Rasina_vallavalitsus, lk 8
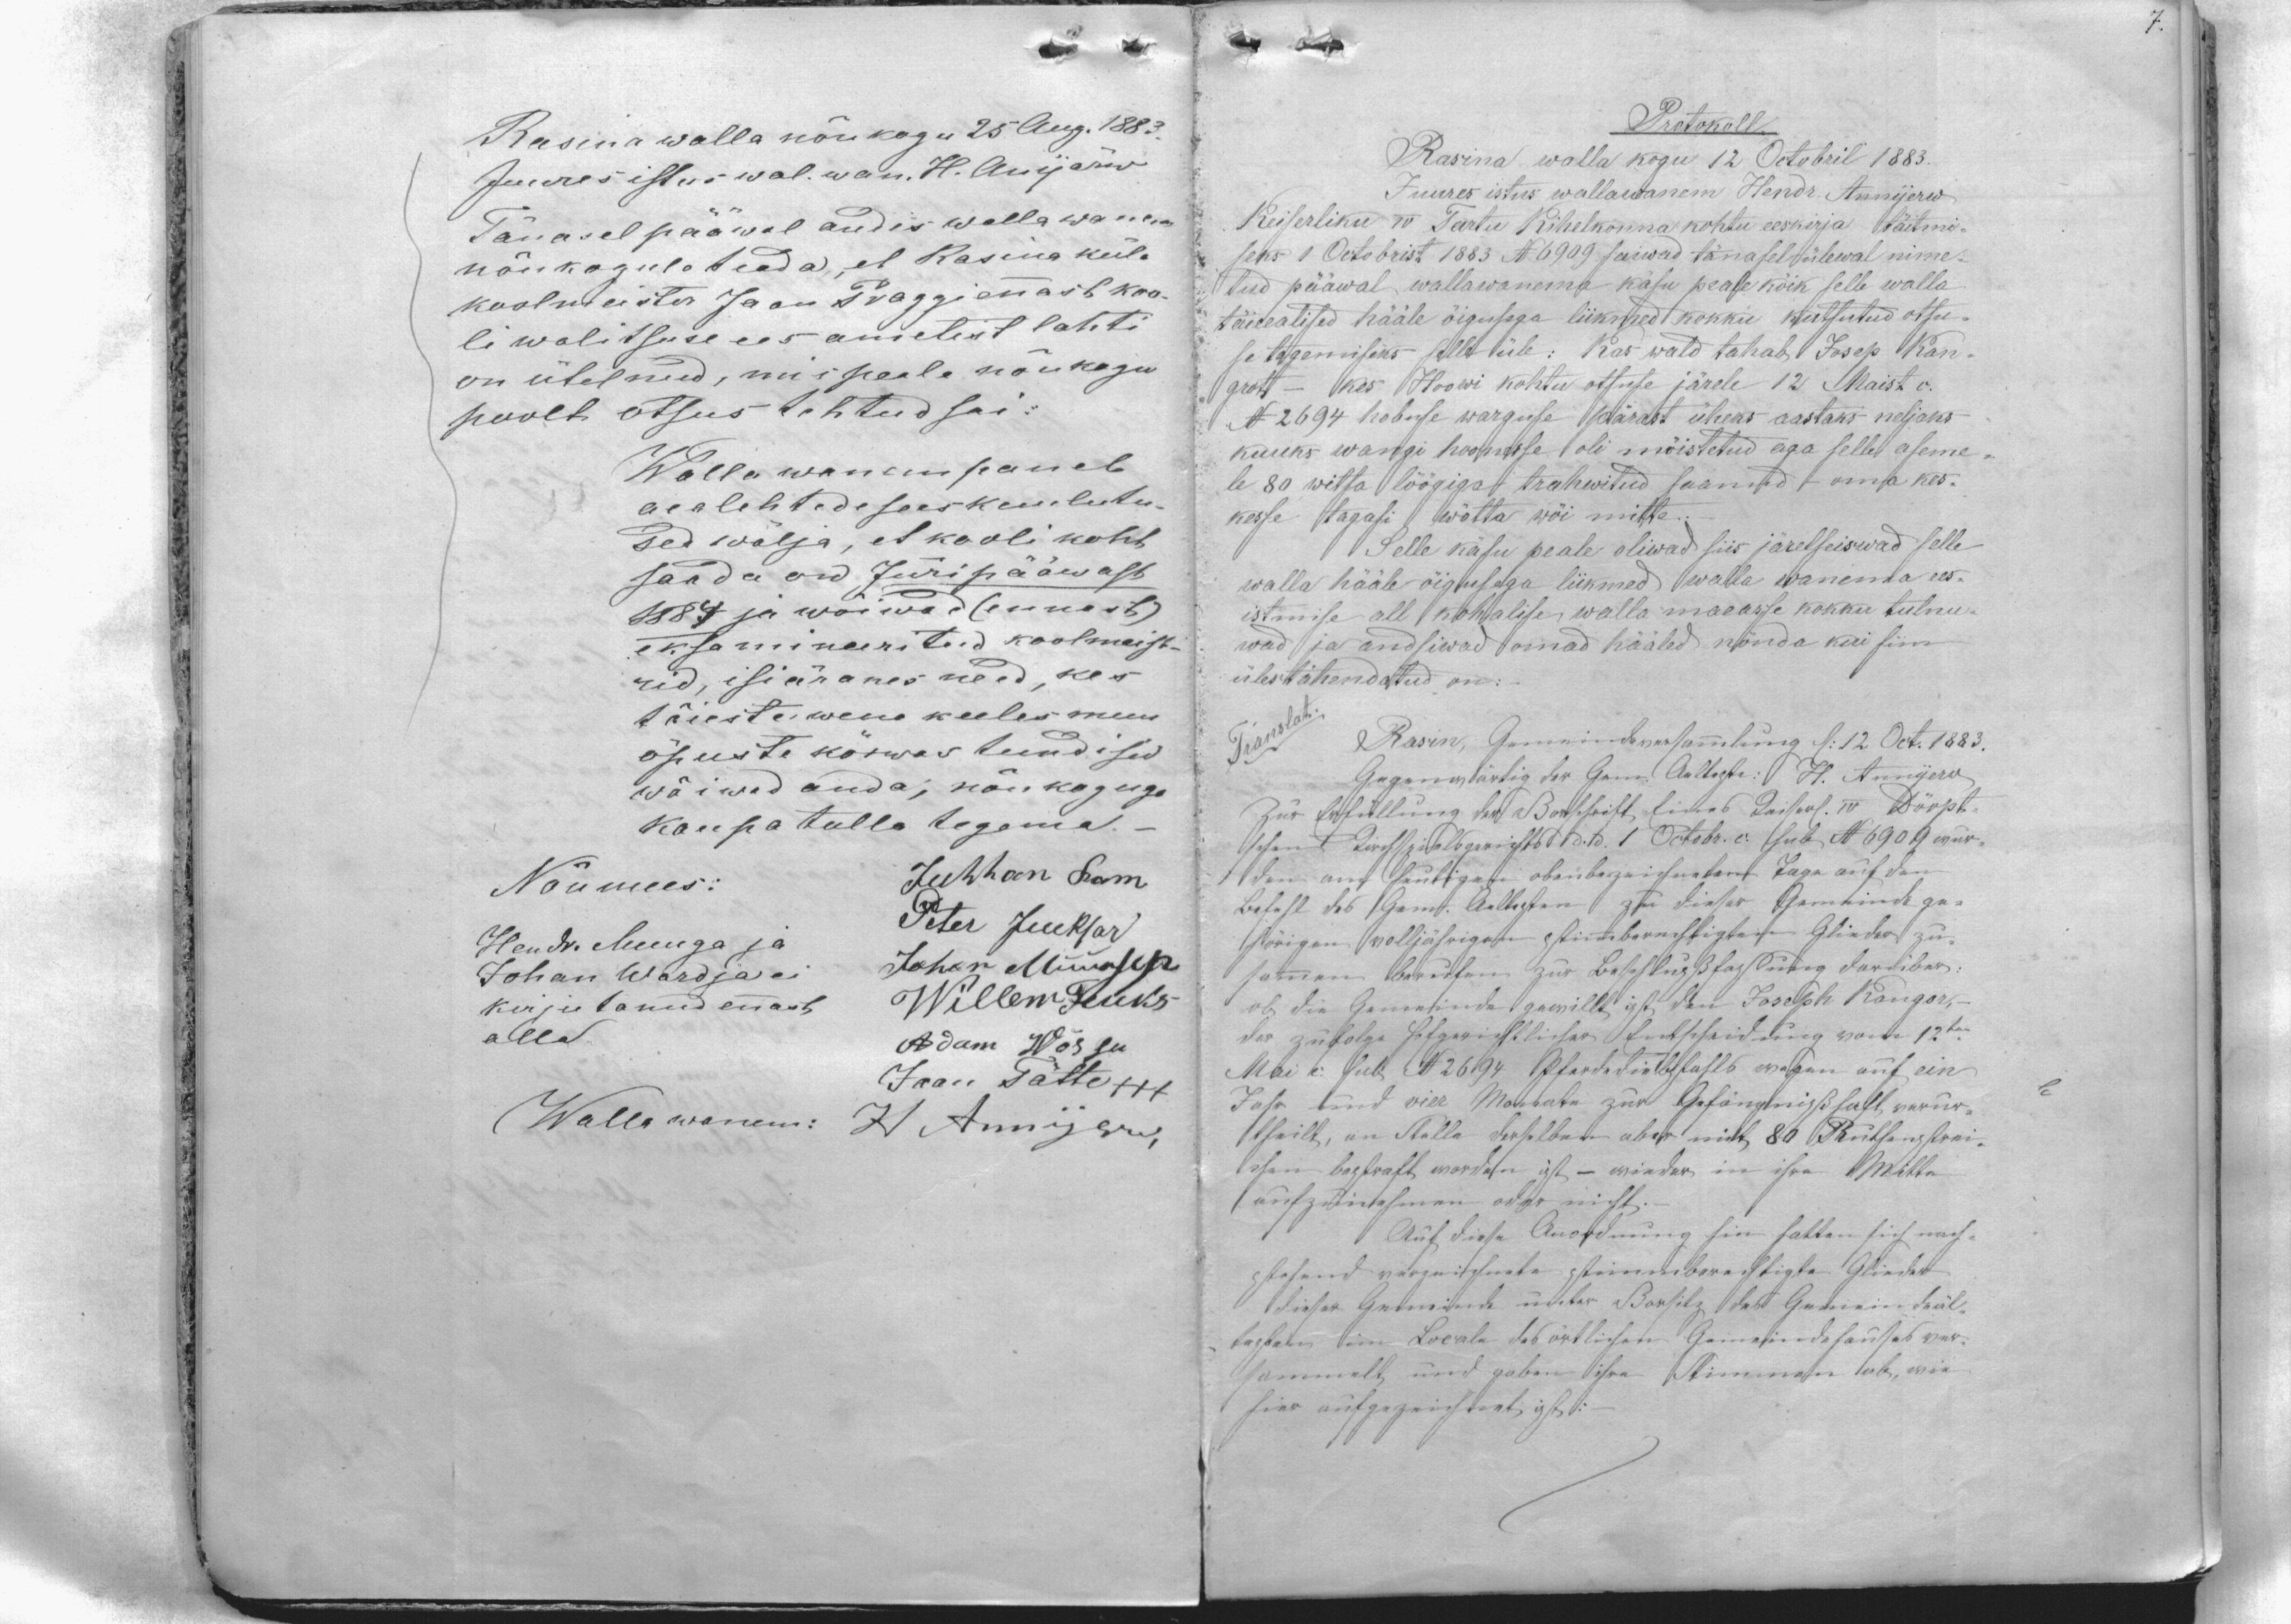
Rasina walla nõukogu 25 Aug. 1883.
Juures istus wal. wan. H. Anijärw
Tänasel pääwal andis walla wanem
nõukogule teada, et Rasina küla-
koolmeister Jaan Praggi ennast koo-
li walitsuse ees ametist lahti
on ütelnud, mis peale nõukogu
poolt otsus tehtud sai:
Walla wanem paneb
aealehtede sees kuulutu-
sed wälja, et kooli koht
saada on Jüripääwast
1884 ja wõiwad (ennast)
eksamineeritud koolmeist-
rid, isiäranes need, kes
täieste wene keeles muu
õpuste kõrwas tundisid
wõiwad anda, nõukoguga
kaupa tulla tegema. -
Nõumees: Juhhan Ram
Hendr. Muuga ja
Peter Jueksar
Johan Wardja ei
Johan Müürsep
kirjutanud ennast
Willem Fucks
alla.
Adam Wõssu
Jaan Tätte +++
Walla wanem: H Annijerw,

Protokoll.
Rasina walla kogu 12 Octobril 1883.
Juures istus wallawanem Hendr. Annijerw
Keiserliku IV Tartu Kihelkonna kohtu eeskirja täitmi-
seks 1 Octobrist 1883 N 6909 saiwad tänasel ülewal nime-
tud pääwal wallawanema käsu peale kõik selle walla
täieealised hääle õigusega liikmed kokku kutsutud otsu-
se tegemiseks selle üle: Kas wald tahab Josep Kan
grut - kes Hoowi kohtu otsuse järele 12 Maist o.
N 2694 hobuse warguse pärast üheks aastaks neljaks
kuuks wangi hoonesse oli mõistetud aga selle aseme
le 80 witsa löögiga trahwitud saanud - oma kes-
kesse tagasi wõtta wõi mitte.
Selle käsu peale oliwad siis järelseiswad selle
walla hääle õigusega liikmed walla wanema ees-
istmise all kohalise walla maeasse kokku tulnu-
wad ja andsiwad omad hääled nõnda kui siin
ülestähendatud on: